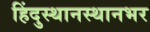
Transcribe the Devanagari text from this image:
हिंदुस्थानस्थानभर